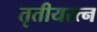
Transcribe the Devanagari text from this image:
तृतीयरत्‍न